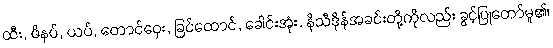
ထီး, ဖိနပ်, ယပ်, တောင်ဝှေး, ခြင်ထောင်, ခေါင်းအုံး, နိသီဒိုန်အခင်းတို့ကိုလည်း ခွင့်ပြုတော်မူ၏၊